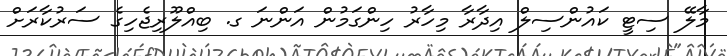
މާލޭ ސިޓީ ކައުންސިލް އިދާރާ މިހާރު ހިންގަމުން އަންނަ ގ. ބިއްލޫރިޖެހިގެ ސަރުކާރަށް